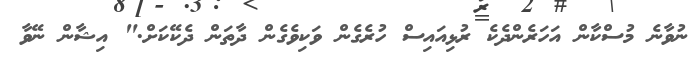
ނުވާނެ މުސްކާން އަހަރެންދެކެ ރުޅިއައިސް ހުރެގެން ވަކިވެގެން ދާތަން ދެކޭކަށް." އިޝާން ނޭވާ